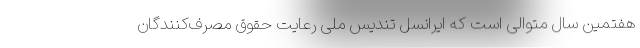
هفتمین سال متوالی است که ایرانسل تندیس ملی رعایت حقوق مصرف‌کنندگان